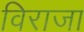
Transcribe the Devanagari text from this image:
विराजा